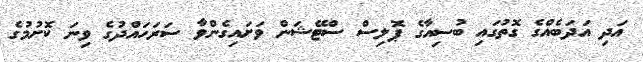
އަދި އަދަބެއްގެ ގޮތުގައި ބުސިއާގެ ޕޮލިސް ސްޓޭޝަން ވަށައިގެންވާ ސަރަހައްދުގެ ވިނަ ކޮށުމުގެ